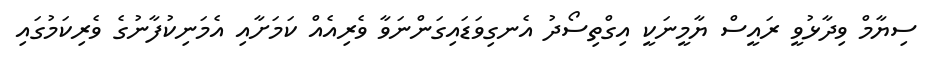
ސިޔާމް ވިދާޅުވީ ރައީސް ޔާމީނަކީ އިގްތިސޯދު އެނގިވަޑައިގަންނަވާ ވެރިއެއް ކަމަށާއި އެމަނިކުފާނުގެ ވެރިކަމުގައި